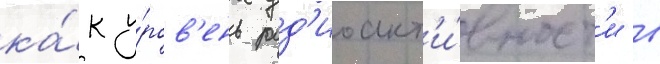
ка́к у́ров'ень рад'иоакт'и́вност'и в